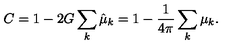
C = 1 - 2 G \sum _ { k } \hat { \mu } _ { k } = 1 - { \frac { 1 } { 4 \pi } } \sum _ { k } \mu _ { k } .